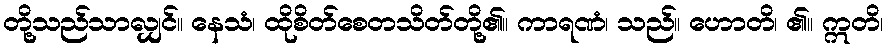
တို့သည်သာလျှင်။ နေသံ၊ ထိုစိတ်စေတသိတ်တို့၏။ ကာရဏံ၊ သည်။ ဟောတိ၊ ၏။ ဣတိ၊